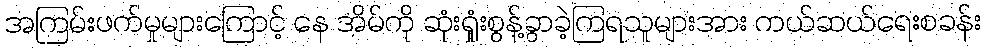
အကြမ်းဖက်မှုများကြောင့် နေ အိမ်ကို ဆုံးရှုံးစွန့်ခွာခဲ့ကြရသူများအား ကယ်ဆယ်ရေးစခန်း